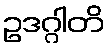
ဥဒဂ္ဂါတိ